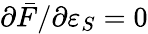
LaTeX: \partial\bar{F}/\partial\varepsilon_{S}=0